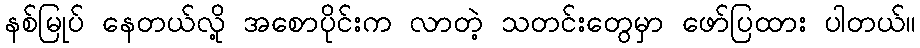
နစ်မြုပ် နေတယ်လို့ အစောပိုင်းက လာတဲ့ သတင်းတွေမှာ ဖော်ပြထား ပါတယ်။